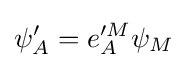
\psi _{A}'=e_{A}'^{M}\psi _{M}